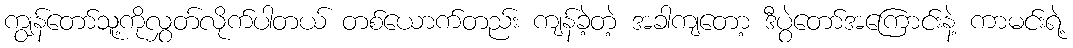
ကျွန်တော်သူ့ကိုလွှတ်လိုက်ပါတယ် တစ်ယောက်တည်း ကျန်ခဲ့တဲ့ အခါကျတော့ ဒီပွဲတော်အကြောင်းနဲ့ ကာမင်းရဲ့